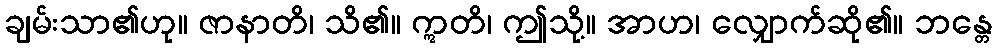
ချမ်းသာ၏ဟု။ ဇာနာတိ၊ သိ၏။ ဣတိ၊ ဤသို့။ အာဟ၊ လျှောက်ဆို၏။ ဘန္တေ